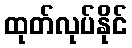
ထုတ်လုပ်နိုင်